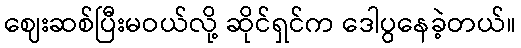
ဈေးဆစ်ပြီးမဝယ်လို့ ဆိုင်ရှင်က ဒေါပွနေခဲ့တယ်။